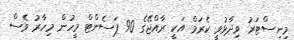
މިނިސްޓަރު ވިދާޅުވީ ކެރަމް އަކީ ރާއްޖޭގެ 90 ޕަސެންޓް މީހުން މިހާރު ވެސް